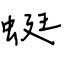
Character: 蜓